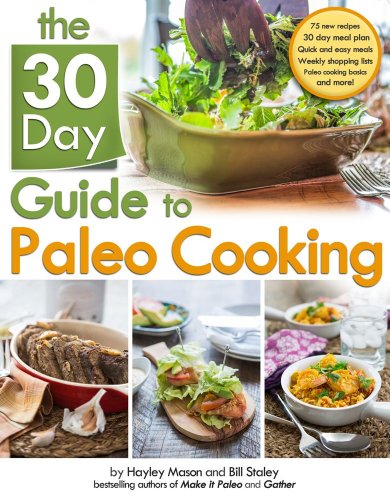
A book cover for The 30 Day Guide to Paleo Cooking: Entire Month of Paleo Meals; Bill Staley; Cookbooks, Food & Wine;